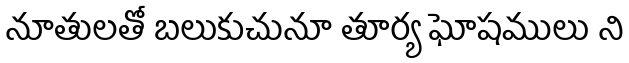
నూతులతో బలుకుచునూ తూర్య ఘోషములు ని